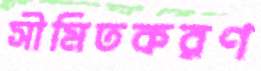
সীমিতকরণ